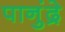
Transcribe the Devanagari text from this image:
पानुंद्रे